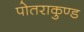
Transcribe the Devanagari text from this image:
पोतराकुण्ड